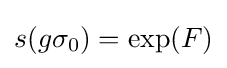
s(g\sigma _{0})=\exp(F)